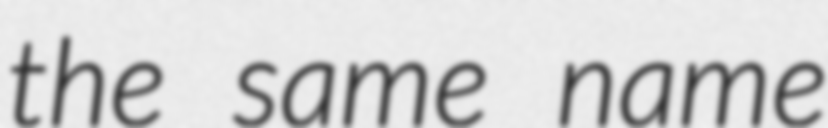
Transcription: the same name